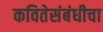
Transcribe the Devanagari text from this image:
कवितेसंबंधीचा